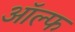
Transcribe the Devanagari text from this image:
ऑल्फ